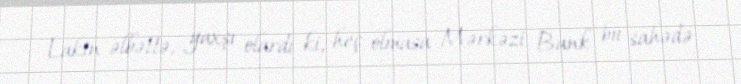
Lakin əlbəttə, yaxşı olardı ki, heç olmasa Mərkəzi Bank bu sahədə